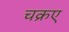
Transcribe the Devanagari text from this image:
चक्रए